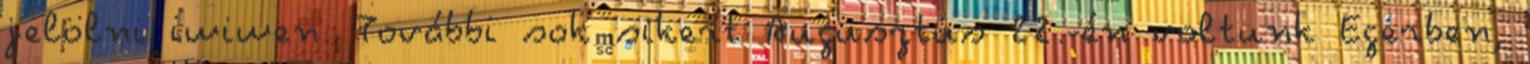
jelölni iwiwen. További sok sikert Augusztus 22.-én voltunk Egerben,